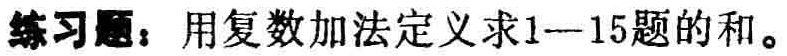
练习题：用复数加法定义求1—15题的和。